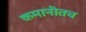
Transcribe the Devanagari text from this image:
कमानीतच